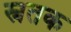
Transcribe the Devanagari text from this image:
स्नतक